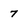
Character: 7